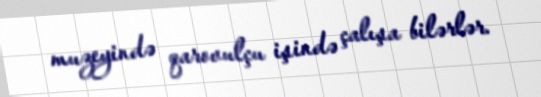
muzeyində qarovulçu işində çalışa bilərlər.